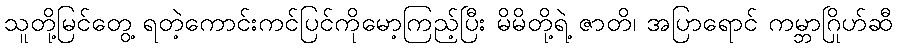
သူတို့မြင်တွေ့ ရတဲ့ကောင်းကင်ပြင်ကိုမော့ကြည့်ပြီး မိမိတို့ရဲ့ ဇာတိ၊ အပြာရောင် ကမ္ဘာဂြိုဟ်ဆီ